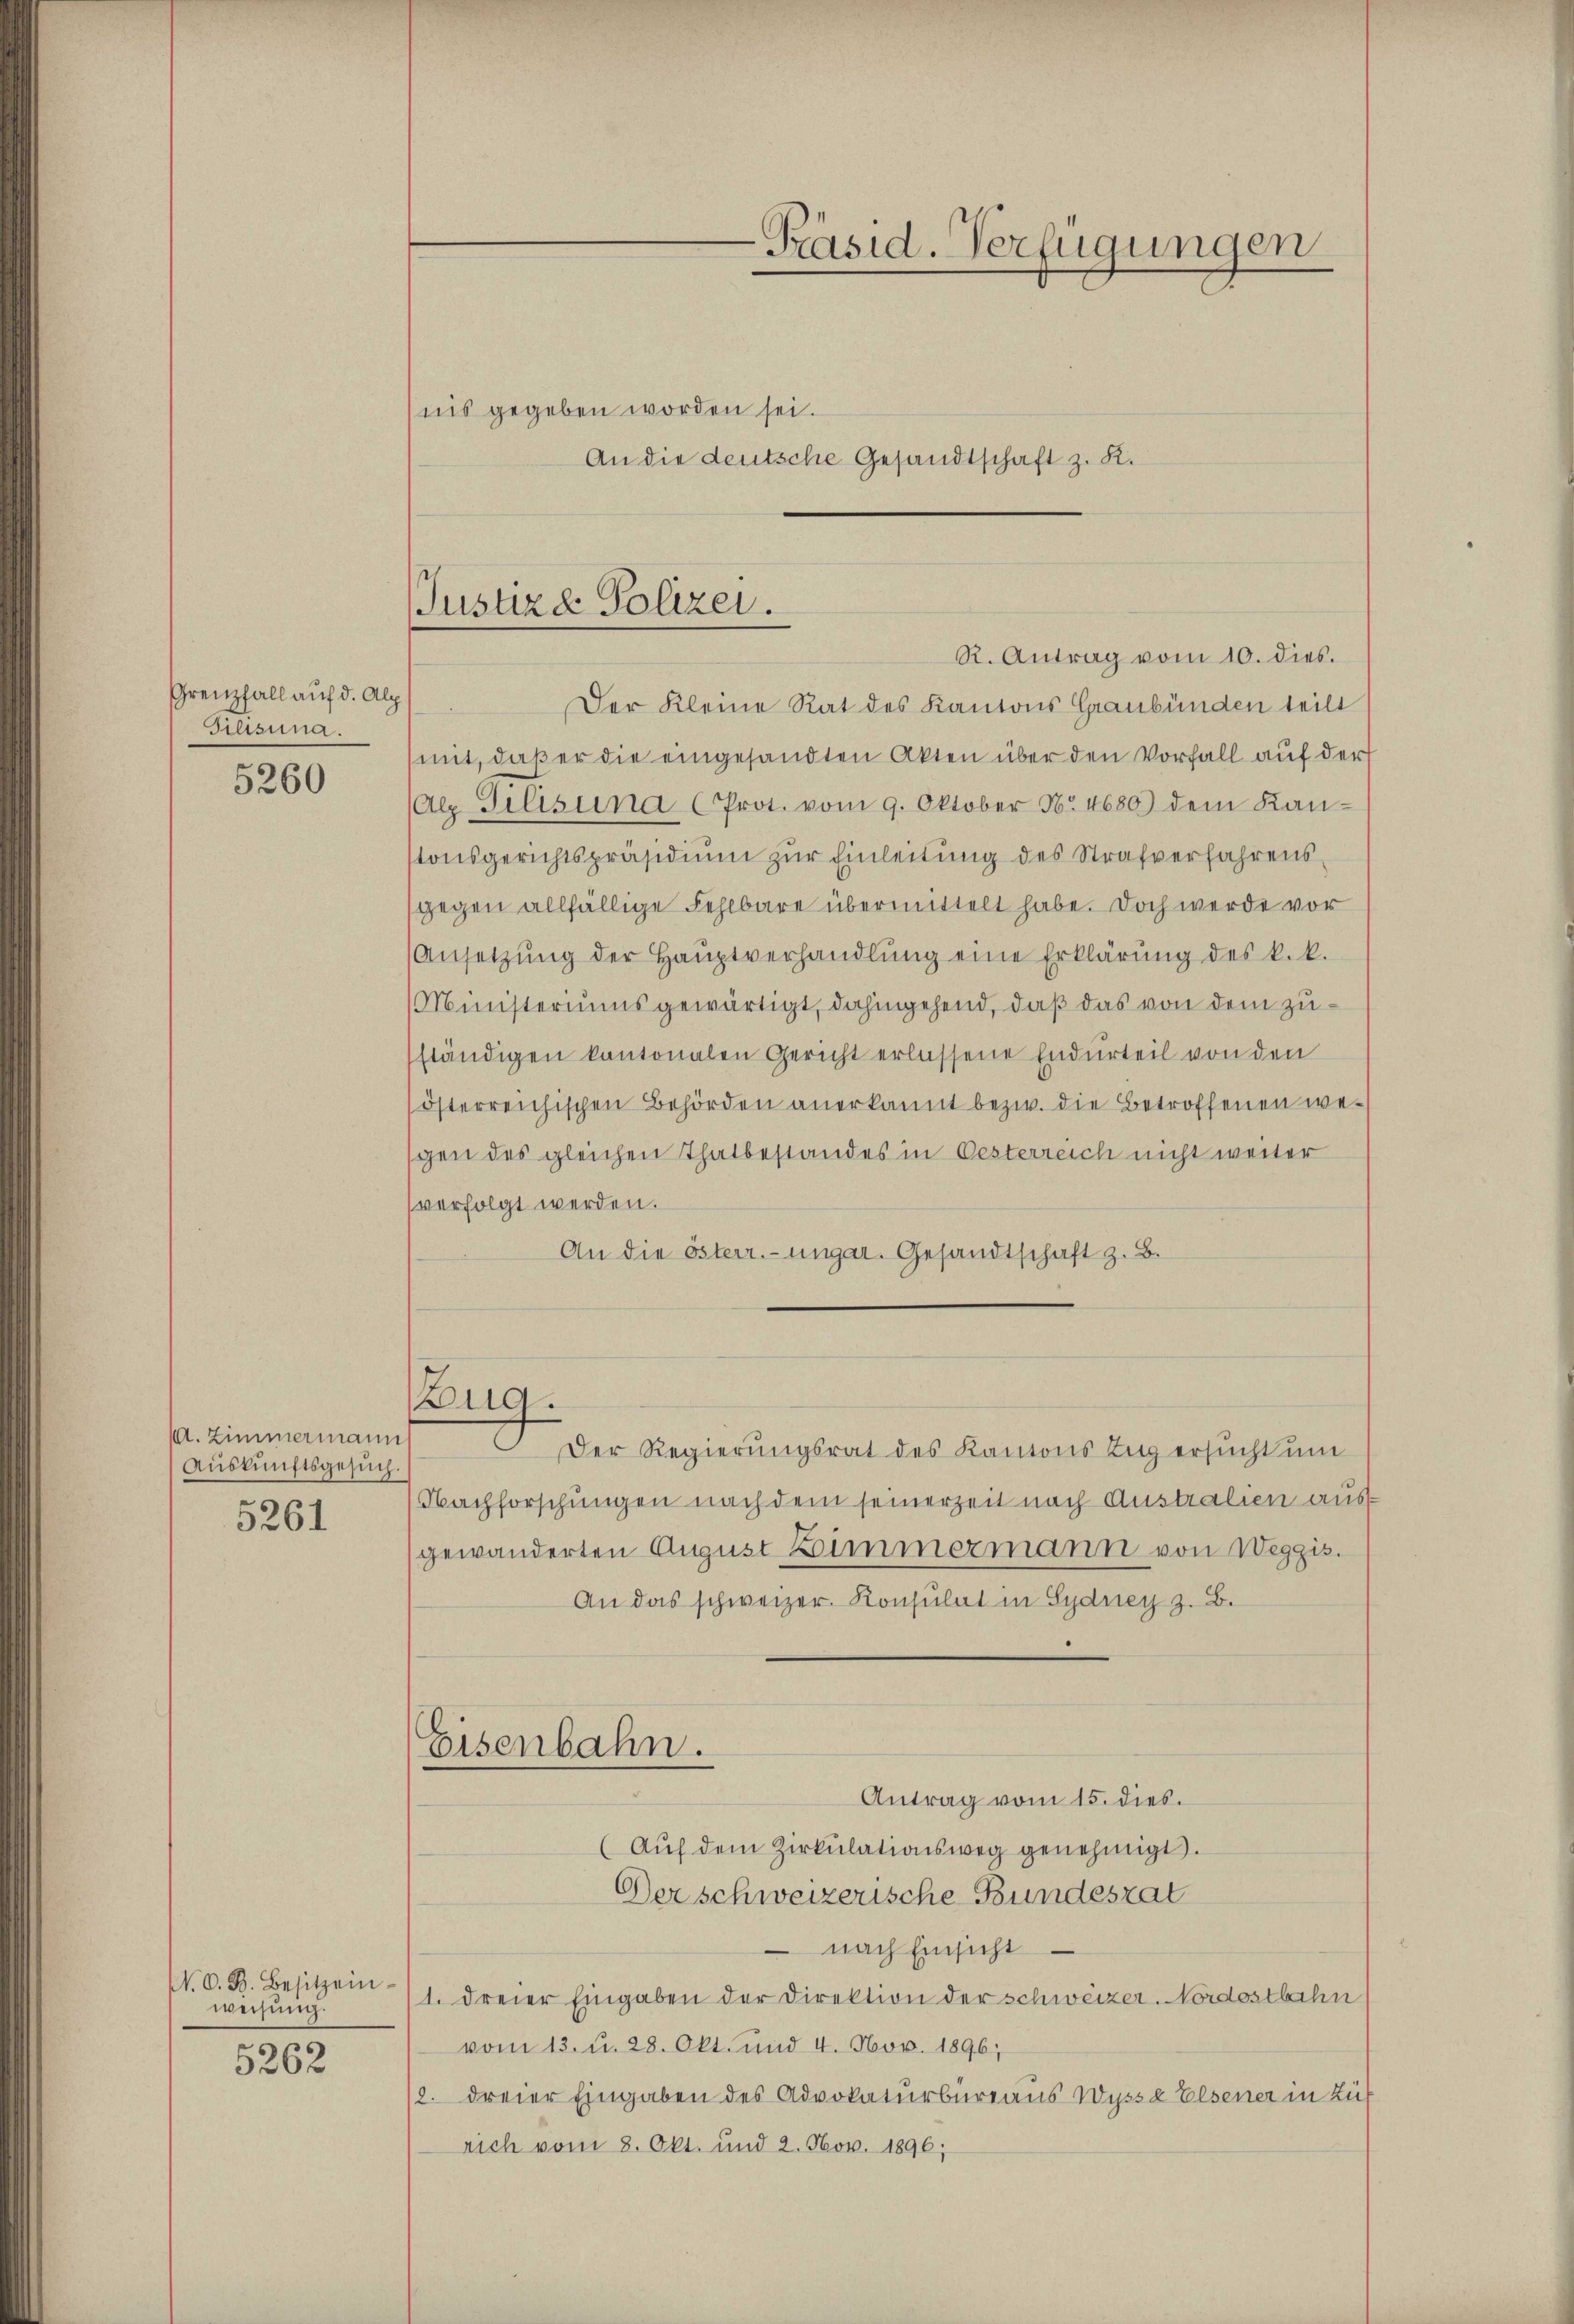
Grenzfall auf d. Alp
Gilisina.

5260

M. Zimmermann
Auskunftsgesuch
5261

N. O. B. Besitzein
weisung.

5262

Justiz & Polizei.

R. Antrag vom 10. dies.
Der Kleine Rat des Kantons Graubünden teilt
mit, daß er die eingesandten Akten über den Vorfall auf der
Alz Gilisina (Prot. vom 9. Oktober No. 4680) dem Kanstonsgerichtspräsidium zur Einleitung des Strafverfahrensgegen allfällige Fehlbare übermittelt habe. Doch werde vor
Ansetzŭng der Hauptverhandlŭng eine Erklärŭng des k. k.
Ministeriums gewärtigt, dahingehend, daß das von dem zuständigen kantonalen Gericht erlassene Endurteil von den
österreichischen Behörden anerkannt bezw. die Betroffenen wegen des gleichen Thatbestandes in Oesterreich nicht weiter
verfolgt werden.
An die österr.-ungar. Gesandtschaft z. B.

nis gegeben worden sei.

Zug.

Eisenbahn.

An die deutsche Gesandtschaft z. K.

Der Regierungsrat des Kantons Zug ersucht um
Nachforschungen nach dem seinerzeit nach Australien ausgewänderten August Zimmermann von Weggis.
An das schweizer- Konsulat in Sydney z. B.
Antrag vom 15. dies.
(Auf dem Zirkulationsweg genehmigt.
Der schweizerische Bundesrat
 nach Einsicht
1. dreier Eingaben der Direktion der schweizer-Nordostbahn
vom 13. u. 28. Okt. und 4. Nov. 1896;
. dreier Eingaben des Advokaturbureaus Wysse Elsener in Zuf
rich vom 8. Okt. und 2. Nov. 1896;

-Präsid. Verfügungen